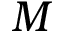
M